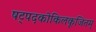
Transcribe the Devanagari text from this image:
षट्पदकोकिलकूजितम्